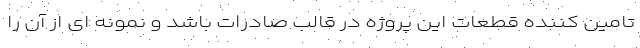
تامین کننده قطعات این پروژه در قالب صادرات باشد و نمونه ای از آن را